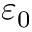
\varepsilon _ { 0 }